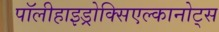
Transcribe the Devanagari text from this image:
पॉलीहाइड्रोक्सिएल्कानोट्स